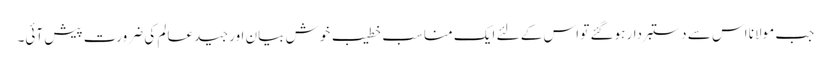
جب مولانا اس سے دستبردار ہوگئے تو اس کے لئے ایک مناسب خطیب خوش بیان اور جید عالم کی ضرورت پیش آئی۔